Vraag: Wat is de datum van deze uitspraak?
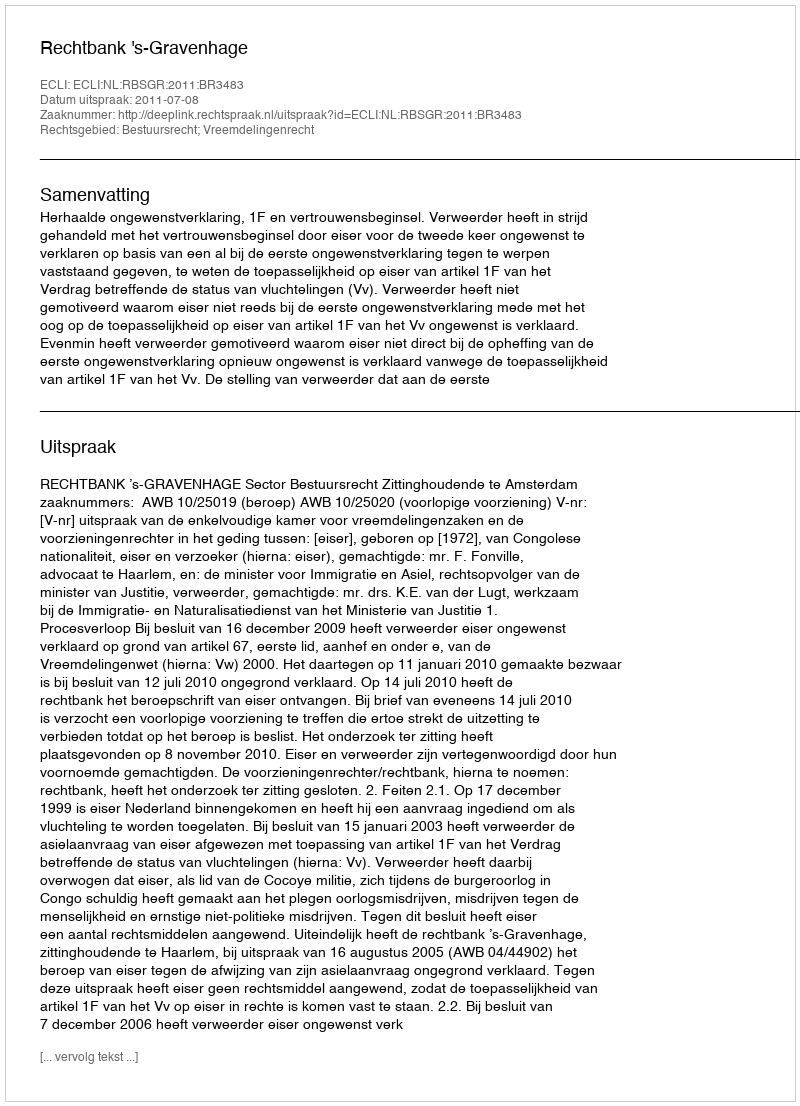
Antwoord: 2011-07-08